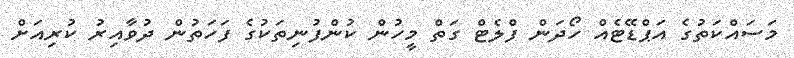
މަސައްކަތުގެ އަޕްޑޭޓެއް ހޯދަން ފްލެޓް ގަތް މީހުން ކުންފުނިތަކުގެ ފަހަތުން ދުވާއިރު ކުރިއަށް